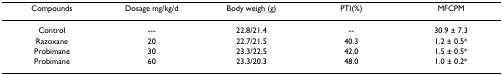
<table><thead><tr><td><b>Compounds</b></td><td><b>Dosage mg/kg/d</b></td><td><b>Body weigh (g)</b></td><td><b>PTI(%)</b></td><td><b>MFCPM</b></td></tr></thead><tbody><tr><td>Control</td><td>---</td><td>22.8/21.4</td><td>--</td><td>30.9 ± 7.3</td></tr><tr><td>Razoxane</td><td>20</td><td>22.7/21.5</td><td>40.3</td><td>1.2 ± 0.5*</td></tr><tr><td>Probimane</td><td>30</td><td>23.3/22.5</td><td>42.0</td><td>1.5 ± 0.5*</td></tr><tr><td>Probimane</td><td>60</td><td>23.3/20.3</td><td>48.0</td><td>1.0 ± 0.2*</td></tr></tbody></table>